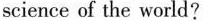
science of the world?